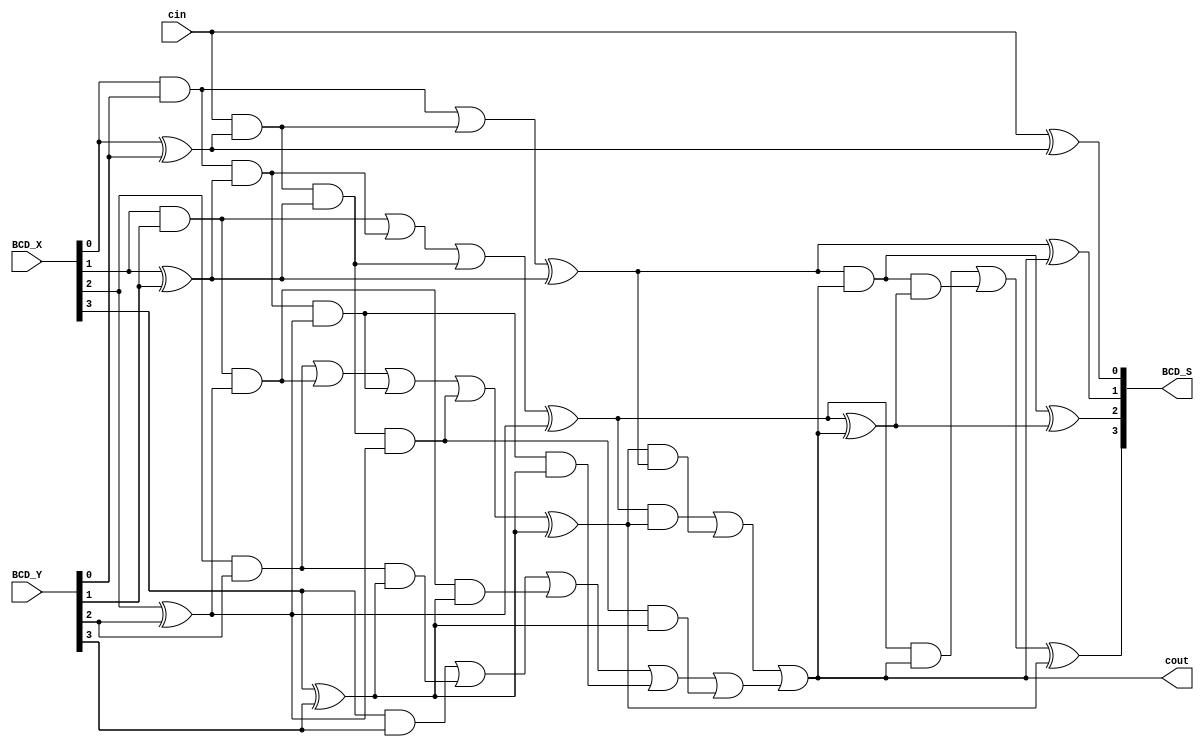
module Lab2_BCD_1digit_add_beh(input [3:0] BCD_X, BCD_Y, input cin, output [3:0] BCD_S, output cout);

    reg [3:0] S_temp;
    reg c_temp;

    reg [4:1] C;
    reg [3:0] P;
    reg [3:0] G;
    reg [3:0] S, S1;
    reg cout1, cout3;
    reg [4:1] C1;
    reg [3:0] P1;
    reg [3:0] G1;

    always @(*) begin
        

        P[0] = BCD_X[0] ^ BCD_Y[0];
        P[1] = BCD_X[1] ^ BCD_Y[1];
        P[2] = BCD_X[2] ^ BCD_Y[2];
        P[3] = BCD_X[3] ^ BCD_Y[3];

        G[0] = BCD_X[0] & BCD_Y[0];
        G[1] = BCD_X[1] & BCD_Y[1];
        G[2] = BCD_X[2] & BCD_Y[2];
        G[3] = BCD_X[3] & BCD_Y[3];

        C[1] = G[0] | (cin & P[0]);
        C[2] = G[1] | (G[0] & P[1]) | (cin & P[0] & P[1]);
        C[3] = G[2] | (G[1] & P[2]) | (G[0] & P[1] & P[2]) | (cin & P[0] & P[1] & P[2]);
        C[4] = G[3] | (G[2] & P[3]) | (G[1] & P[2] & P[3]) | (G[0] & P[1] & P[2] & P[3]) | (cin & P[0] & P[1] & P[2] & P[3]);
        
        S[0] = cin ^ P[0];
        S[1] = C[1] ^ P[1];
        S[2] = C[2] ^ P[2];
        S[3] = C[3] ^ P[3];
        cout3 = ((S[2] & S[3]) | (S[3] & S[1]) | C[4]);
        
        //CLA2

        P1[0] = S[0] ^ 0;
        P1[1] = S[1] ^ cout;
        P1[2] = S[2] ^ cout;
        P1[3] = S[3] ^ 0;

        G1[0] = S[0] & 0;
        G1[1] = S[1] & cout;
        G1[2] = S[2] & cout;
        G1[3] = S[3] & 0;

        C1[1] = G1[0] | (0 & P1[0]);
        C1[2] = G1[1] | (G1[0] & P1[1]) | (0 & P1[0] & P1[1]);
        C1[3] = G1[2] | (G1[1] & P1[2]) | (G1[0] & P1[1] & P1[2]) | (0 & P1[0] & P1[1] & P1[2]);
        C1[4] = G1[3] | (G1[2] & P1[3]) | (G1[1] & P1[2] & P1[3]) | (G1[0] & P1[1] & P1[2] & P1[3]) | (0 & P1[0] & P1[1] & P1[2] & P1[3]);
        
        S1[0] = 0 ^ P1[0];
        S1[1] = C1[1] ^ P1[1];
        S1[2] = C1[2] ^ P1[2];
        S1[3] = C1[3] ^ P1[3];
    end

    assign BCD_S[0] = S1[0];
    assign BCD_S[1] = S1[1];
    assign BCD_S[2] = S1[2];
    assign BCD_S[3] = S1[3];
    assign cout = cout3;

endmodule